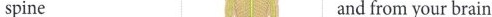
spine 5 and from your brain